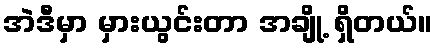
အဲဒီမှာ မှားယွင်းတာ အချို့ ရှိတယ်။